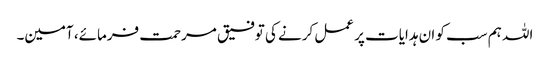
اللہ ہم سب کو ان ہدایات پر عمل کرنے کی توفیق مرحمت فرمائے، آمین۔